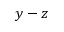
y - z